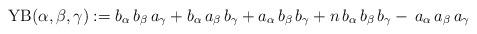
LaTeX: \begin{align*} \mathrm{YB}(\alpha, \beta, \gamma) := b_\alpha\,b_\beta\,a_\gamma +b_\alpha\,a_\beta\,b_\gamma+a_\alpha\,b_\beta\,b_\gamma+n\,b_\alpha\,b_\beta\,b_\gamma-\,a_\alpha\,a_\beta\,a_\gamma\end{align*}